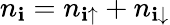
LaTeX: n_{\mathbf{i}}=n_{\mathbf{i}\uparrow}+n_{\mathbf{i}\downarrow}